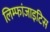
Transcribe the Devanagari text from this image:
लिम्फांजाइटिस